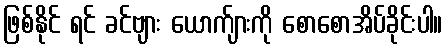
ဖြစ်နိုင် ရင် ခင်ဗျား ယောက်ျားကို စောစောအိပ်ခိုင်းပါ။